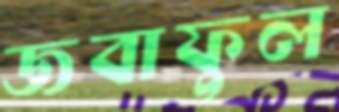
জবাফুল